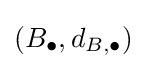
(B_{\bullet },d_{B,\bullet })